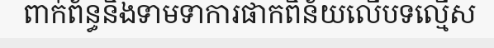
ពាក់ព័ន្ធនិងទាមទាការផាកពិន័យលើបទល្មើស